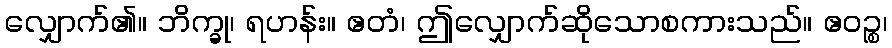
လျှောက်၏။ ဘိက္ခု၊ ရဟန်း။ ဧတံ၊ ဤလျှောက်ဆိုသောစကားသည်။ ဧဝဉ္စ၊